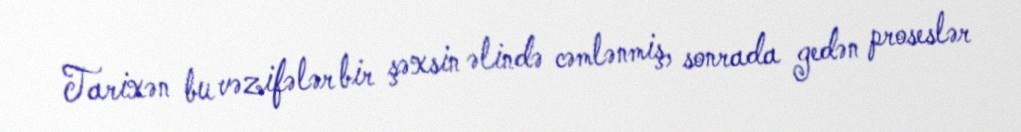
Tarixən bu vəzifələr bir şəxsin əlində cəmlənmiş, sonrada gedən proseslər